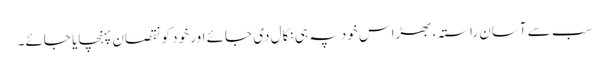
سب سے آسان راستہ، بھڑاس خود پہ ہی نکال دی جائے اور خود کو نقصان پہنچایا جائے۔